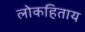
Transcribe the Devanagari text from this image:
लोकहिताय